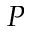
P